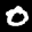
Label: 0